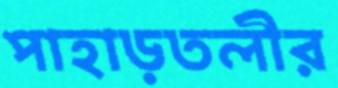
পাহাড়তলীর